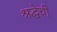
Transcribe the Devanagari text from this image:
श्रद्धेची